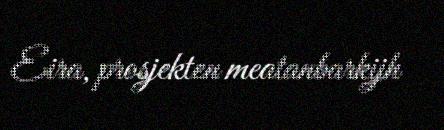
Eira, prosjekten meatanbarkijh